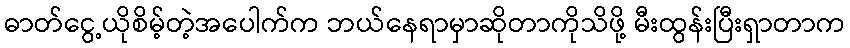
ဓာတ်ငွေ့ယိုစိမ့်တဲ့အပေါက်က ဘယ်နေရာမှာဆိုတာကိုသိဖို့ မီးထွန်းပြီးရှာတာက